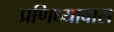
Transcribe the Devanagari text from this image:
प्रणिध्यावास